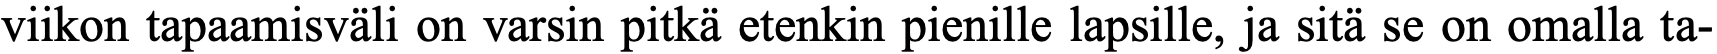
viikon tapaamisväli on varsin pitkä etenkin pienille lapsille, ja sitä se on omalla ta-